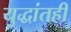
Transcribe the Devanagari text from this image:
युद्धांतही